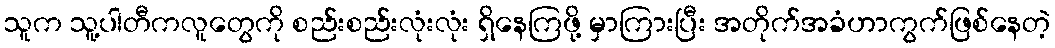
သူက သူ့ပါတီကလူတွေကို စည်းစည်းလုံးလုံး ရှိနေကြဖို့ မှာကြားပြီး အတိုက်အခံဟာကွက်ဖြစ်နေတဲ့